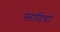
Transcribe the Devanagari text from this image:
स्तादियो